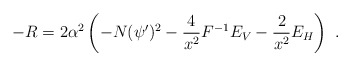
\begin{align*}-R =2\alpha^2\left( -N(\psi')^2-{4\over{x^2}} F^{-1} E_V-{2\over{x^2}} E_H\right)\ .\end{align*}